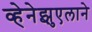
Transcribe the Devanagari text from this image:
व्हेनेझुएलाने